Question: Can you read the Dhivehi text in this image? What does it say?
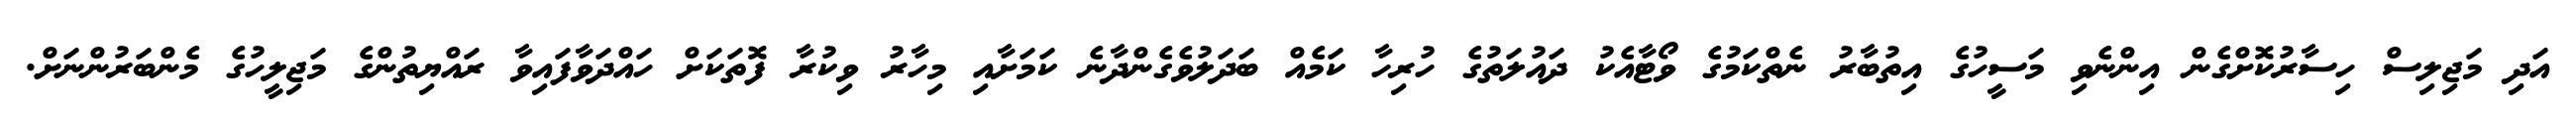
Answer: އަދި މަޖިލިސް ހިސާރުކޮށްގެން އިންނެވި މަސީހުގެ އިތުބާރު ނެތްކަމުގެ ވޯޓާއެކު ދައުލަތުގެ ހުރިހާ ކަމެއް ބަދަލުވެގެންދާނެ ކަމަށާއި މިހާރު ވިކުރާ ފޮތަކަށް ހައްދަވާފައިވާ ރައްޔިތުންގެ މަޖިލީހުގެ މެންބަރުންނަށް.